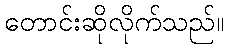
တောင်းဆိုလိုက်သည်။